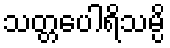
သတ္တပေါရိသမ္ပိ